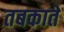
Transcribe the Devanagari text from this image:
तबकाते